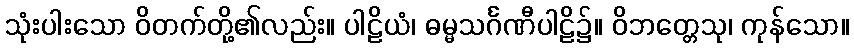
သုံးပါးသော ဝိတက်တို့၏လည်း။ ပါဠိယံ၊ ဓမ္မသင်္ဂဏီပါဠိ၌။ ဝိဘတ္တေသု၊ ကုန်သော။